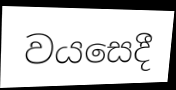
වයසෙදී